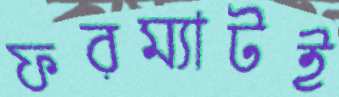
ফরম্যাটই